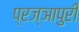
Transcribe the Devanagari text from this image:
प्रज्ञापुरी